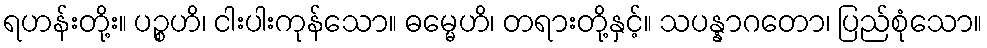
ရဟန်းတို့း။ ပဉ္စဟိ၊ ငါးပါးကုန်သော။ ဓမ္မေဟိ၊ တရားတို့နှင့်။ သပန္နာဂတော၊ ပြည်စုံသော။